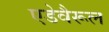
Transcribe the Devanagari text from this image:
एडेवैरूल